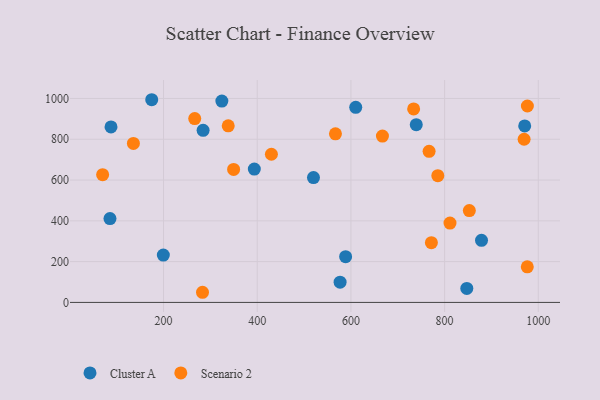
{"axis": {"x": "Engine Size", "y": "Sales"}, "legend": ["Cluster A", "Scenario 2"], "data": [{"x": "847.4", "y": 68.6, "type": "Cluster A"}, {"x": "393.8", "y": 653.8, "type": "Cluster A"}, {"x": "878.8", "y": 304.5, "type": "Cluster A"}, {"x": "174.8", "y": 993.8, "type": "Cluster A"}, {"x": "610.3", "y": 956.4, "type": "Cluster A"}, {"x": "739.5", "y": 871.7, "type": "Cluster A"}, {"x": "284.5", "y": 844.0, "type": "Cluster A"}, {"x": "199.6", "y": 231.9, "type": "Cluster A"}, {"x": "85.7", "y": 410.9, "type": "Cluster A"}, {"x": "324.5", "y": 987.0, "type": "Cluster A"}, {"x": "971.0", "y": 865.1, "type": "Cluster A"}, {"x": "520.1", "y": 612.1, "type": "Cluster A"}, {"x": "576.9", "y": 99.2, "type": "Cluster A"}, {"x": "87.9", "y": 860.2, "type": "Cluster A"}, {"x": "588.7", "y": 224.3, "type": "Cluster A"}, {"x": "976.7", "y": 963.0, "type": "Scenario 2"}, {"x": "667.3", "y": 815.7, "type": "Scenario 2"}, {"x": "567.0", "y": 826.5, "type": "Scenario 2"}, {"x": "135.7", "y": 779.7, "type": "Scenario 2"}, {"x": "969.7", "y": 800.1, "type": "Scenario 2"}, {"x": "811.5", "y": 389.1, "type": "Scenario 2"}, {"x": "266.6", "y": 901.6, "type": "Scenario 2"}, {"x": "785.5", "y": 621.6, "type": "Scenario 2"}, {"x": "766.9", "y": 740.9, "type": "Scenario 2"}, {"x": "430.3", "y": 726.4, "type": "Scenario 2"}, {"x": "338.1", "y": 865.9, "type": "Scenario 2"}, {"x": "771.8", "y": 292.7, "type": "Scenario 2"}, {"x": "70.0", "y": 626.4, "type": "Scenario 2"}, {"x": "283.2", "y": 49.7, "type": "Scenario 2"}, {"x": "976.5", "y": 174.7, "type": "Scenario 2"}, {"x": "733.9", "y": 948.5, "type": "Scenario 2"}, {"x": "349.6", "y": 651.9, "type": "Scenario 2"}, {"x": "852.8", "y": 450.2, "type": "Scenario 2"}]}